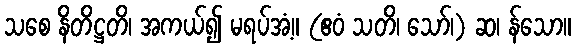
သစေ နိတိဋ္ဌတိ၊ အကယ်၍ မရပ်အံ့။ (ဧဝံ သတိ၊ သော်၊) ဆ၊ န်သော။